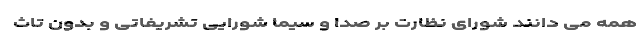
همه می دانند شورای نظارت بر صدا و سیما شورایی تشریفاتی و بدون تاث